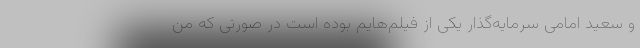
و سعید امامی سرمایه‌گذار یکی از فیلم‌هایم بوده است در صورتی که من